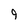
Character: 9